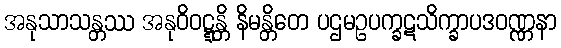
အနုသာသန္တဿ အနုဝိဝဋ္ဋန္တိ နိမန္တိတေ ပဌမဥပက္ခဋသိက္ခာပဒဝဏ္ဏနာ